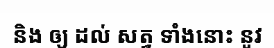
និង ឲ្យ ដល់ សត្វ ទាំងនោះ នូវ